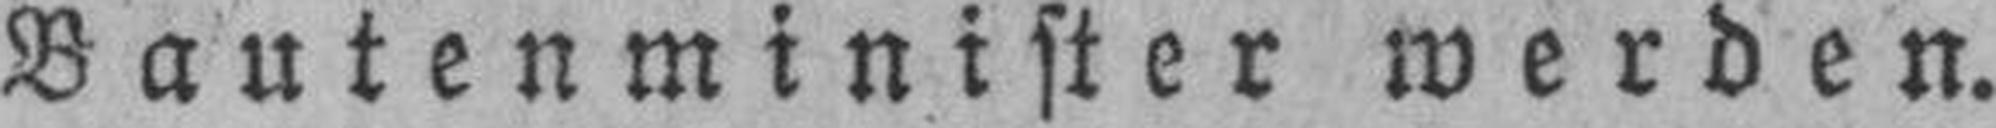
Bautenminister werden.